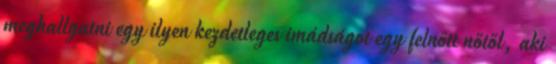
meghallgatni egy ilyen kezdetleges imádságot egy felnőtt nőtől, aki